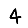
Digit: 4